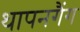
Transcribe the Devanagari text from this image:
थापनगैंग